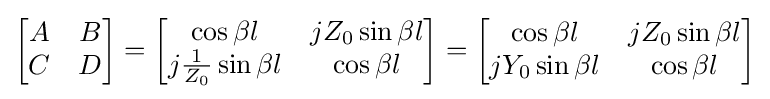
{\begin{bmatrix}A&B\\C&D\end{bmatrix}}={\begin{bmatrix}\cos \beta l&jZ_{0}\sin {\beta l}\\j{\frac {1}{Z_{0}}}\sin \beta l&\cos \beta l\end{bmatrix}}={\begin{bmatrix}\cos \beta l&jZ_{0}\sin {\beta l}\\jY_{0}\sin \beta l&\cos \beta l\end{bmatrix}}